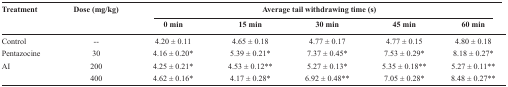
<table><thead><tr><td><b>Treatment</b></td><td><b>Dose (mg/kg)</b></td><td colspan="5"><b>Average tail withdrawing time (s)</b></td></tr><tr><td></td><td></td><td><b>0 min</b></td><td><b>15 min</b></td><td><b>30 min</b></td><td><b>45 min</b></td><td><b>60 min</b></td></tr></thead><tbody><tr><td>Control</td><td>--</td><td>4.20 ± 0.11</td><td>4.65 ± 0.18</td><td>4.77 ± 0.17</td><td>4.77 ± 0.15</td><td>4.80 ± 0.18</td></tr><tr><td>Pentazocine</td><td>30</td><td>4.16 ± 0.20*</td><td>5.39 ± 0.21*</td><td>7.37 ± 0.45*</td><td>7.53 ± 0.29*</td><td>8.18 ± 0.27*</td></tr><tr><td>AI</td><td>200</td><td>4.25 ± 0.21*</td><td>4.53 ± 0.12**</td><td>5.27 ± 0.13*</td><td>5.35 ± 0.18**</td><td>5.27 ± 0.11**</td></tr><tr><td></td><td>400</td><td>4.62 ± 0.16*</td><td>4.17 ± 0.28*</td><td>6.92 ± 0.48**</td><td>7.05 ± 0.28*</td><td>8.48 ± 0.27**</td></tr></tbody></table>